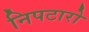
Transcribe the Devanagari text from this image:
निपटारो